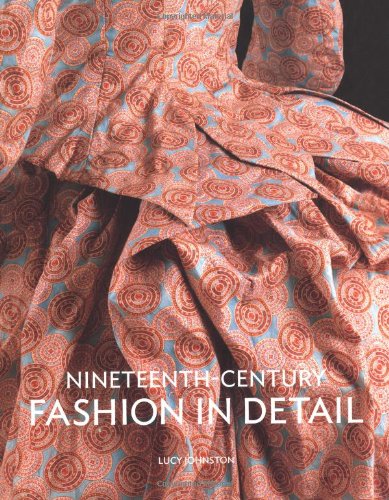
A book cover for Nineteenth Century Fashion in Detail; Lucy Johnston; Health, Fitness & Dieting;